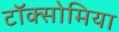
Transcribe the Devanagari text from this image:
टॉक्सोमिया